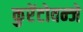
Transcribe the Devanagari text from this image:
कुरेंटोवन्जे